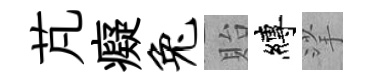
芃癡兔貽縛挲